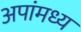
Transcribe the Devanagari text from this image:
अपांमध्य